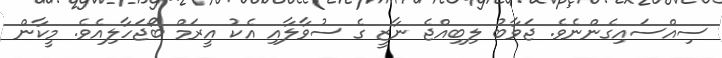
ސިއްސައިގެންނެވެ. ޖަވާބު ލިބިއްޖެ ނާޒީ ގެ ސުވާލާއި އެކު އީރަމް ބޯޖަހާލިއެވެ. މީކާން